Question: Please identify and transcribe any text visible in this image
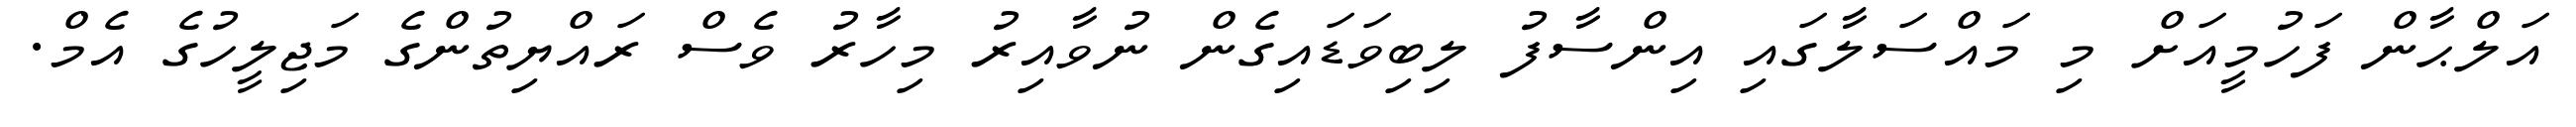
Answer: އަލްޙާން ފަހުމީއަށް މި މައްސަލާގައި އިންސާފު ލިބިވަޑައިގެން ނުވާއިރު މިހާރު ވެސް ރައްޔިތުންގެ މަޖިލީހުގެ އެމް.